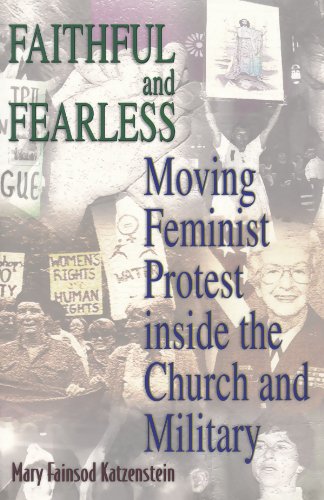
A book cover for Faithful and Fearless; Mary Fainsod Katzenstein; Law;